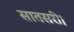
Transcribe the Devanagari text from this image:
सातसरी।